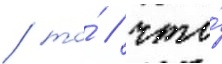
/ то́ / что́